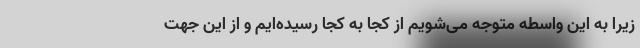
زیرا به این واسطه متوجه می‌شویم از کجا به کجا رسیده‌ایم و از این جهت